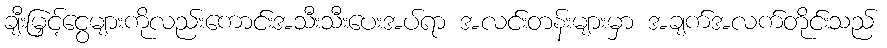
ချီးမြှင့်ငွေများကိုလည်းကောင်းအသီးသီးပေးအပ်ရာ အလင်းတန်းများမှာ အချက်အလက်တိုင်းသည်